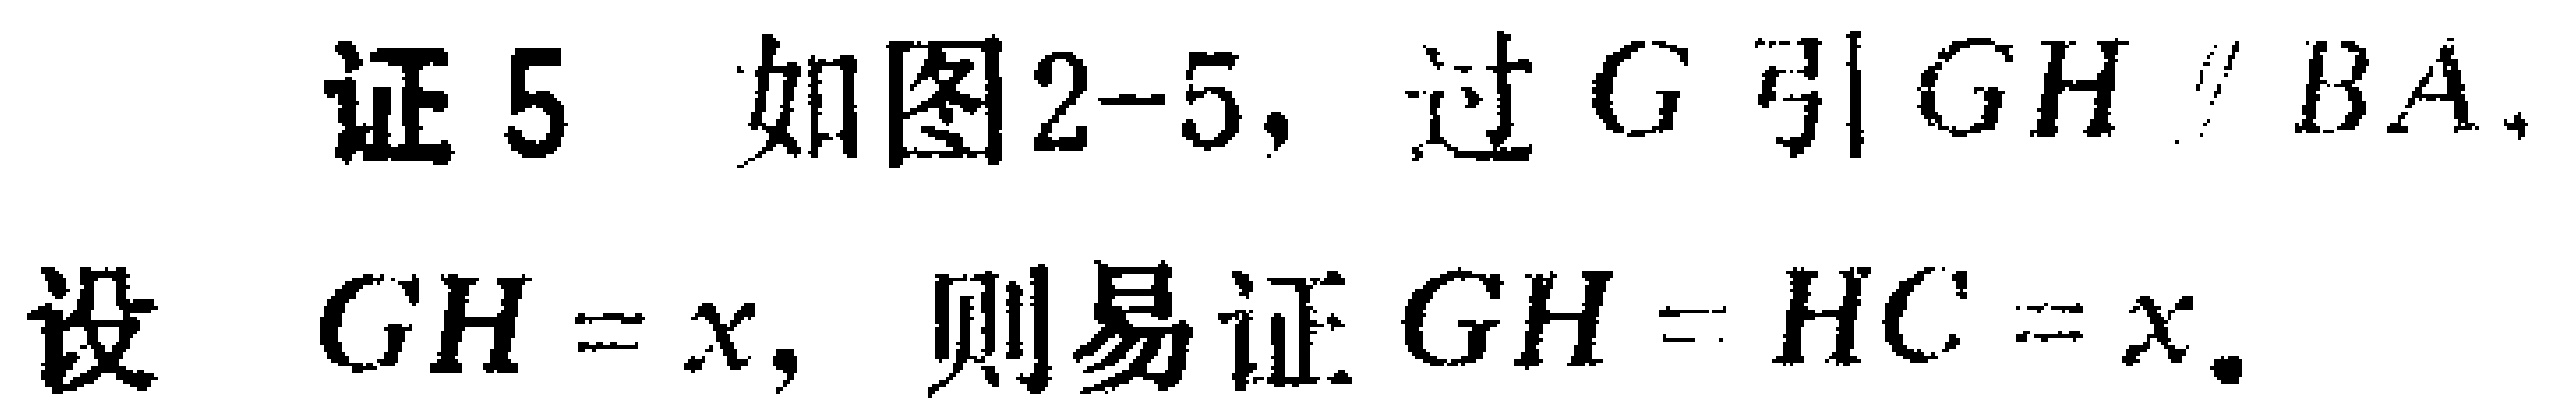
证 5 如图2-5, 过 \(G\) 引 \(GH\parallel BA\), 设 \(GH = x\), 则易证 \(GH = HC=x\).